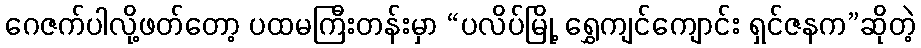
ဂေဇက်ပါလို့ဖတ်တော့ ပထမကြီးတန်းမှာ “ပလိပ်မြို့ ရွှေကျင်ကျောင်း ရှင်ဇနက”ဆိုတဲ့